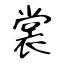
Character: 裳